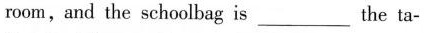
room,and the schoolbag is ___ the ta-